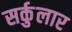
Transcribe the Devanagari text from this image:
सर्कुलार